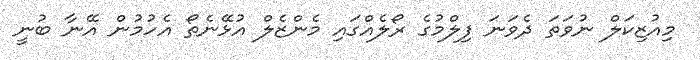
މިއުޒިކަލް ނުވަތަ ދެވަނަ ފިލްމުގެ ރޯލެއްގައި މެންޒެލް އުޅޭނެތޯ އެހުމުން އޭނާ ބުނީ